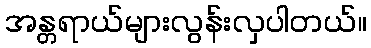
အန္တရာယ်များလွန်းလှပါတယ်။